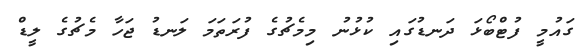
ގައުމީ ފުޓްބޯޅަ ދަނޑުގައި ކުޅުނު މިމެޗުގެ ފުރަތަމަ ލަނޑު ޖަހާ މެޗުގެ ލީޑް